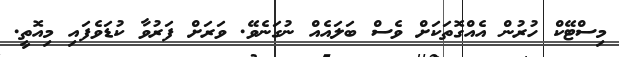
މިސްޓޭކް ހުރުން އެއްގޮތަކަށް ވެސް ބަލައެއް ނުގަނެވޭ. ވަރަށް ފަރުވާ ކުޑަވެފައި މިއޮތީ.